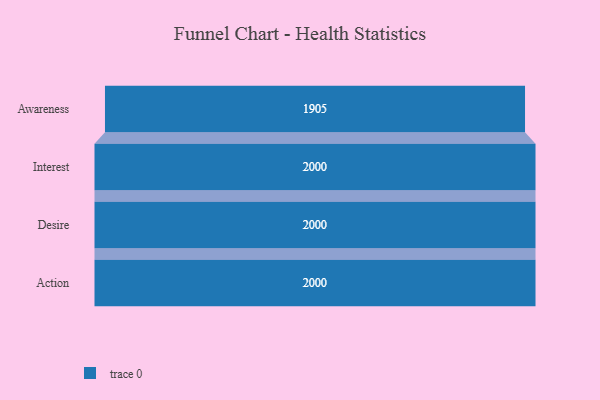
{"axis": {"x": "Stage", "y": "Value"}, "legend": [""], "data": [{"x": "Awareness", "y": 1905.0, "type": ""}, {"x": "Interest", "y": 2000, "type": ""}, {"x": "Desire", "y": 2000, "type": ""}, {"x": "Action", "y": 2000, "type": ""}]}